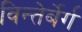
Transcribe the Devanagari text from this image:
विन्तेर्बेर्ग